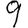
Digit: 9